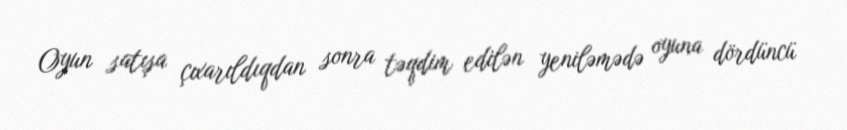
Oyun satışa çıxarıldıqdan sonra təqdim edilən yeniləmədə oyuna dördüncü